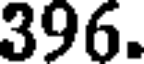
396.